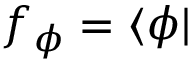
f _ { \phi } = \langle \phi |